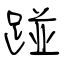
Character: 踫